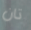
تان